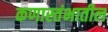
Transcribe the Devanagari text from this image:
कणास्तंभातील